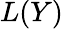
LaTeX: L(Y)